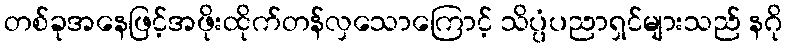
တစ်ခုအနေဖြင့်အဖိုးထိုက်တန်လှသောကြောင့် သိပ္ပံပညာရှင်များသည် နဂို